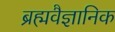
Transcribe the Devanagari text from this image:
ब्रह्मवैज्ञानिक